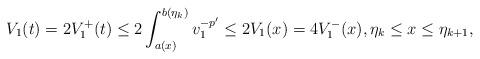
LaTeX: \begin{align*}V_1(t)=2V_1^+(t)\le 2\int_{a(x)}^{b(\eta_k)}v_1^{-p'}\le 2V_1(x)=4 V_1^-(x), \eta_k\le x\le\eta_{k+1},\end{align*}